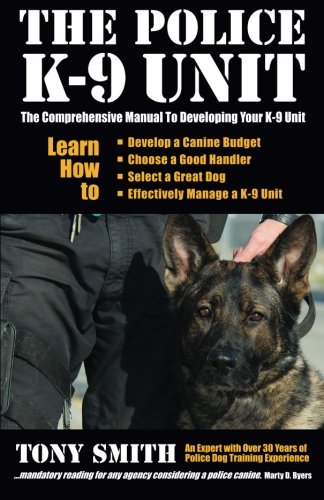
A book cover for The Police K-9 Unit: The Comprehensive Manual To Developing Your K-9 Unit; Tony Smith; Law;